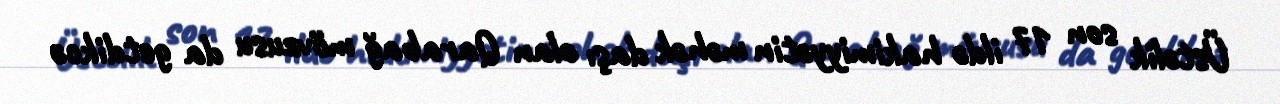
Üstəlik son 17 ildə hakimiyyətin məhək daşı olan Qarabağ mövzusu da getdikcə